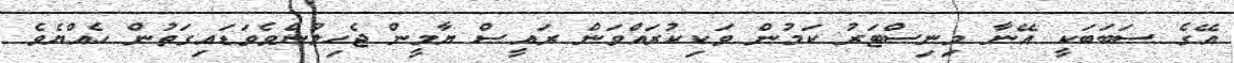
އޭގެ ސަބަބަކީ އޭނާ މިނިސްޓަރު ކަމުން ވަކިކުރައްވަން ރައީސް ޔާމީން ޖެހިލުންވެވަޑައިގަތުން ހެއްޔެވެ